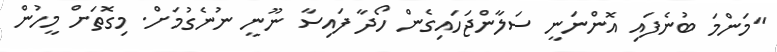
"މަންމަ ބުނެފައި އޮންނަނީ ސަލާންޖަހައިގެން ހޯދާ ފައިސާ ނޫނީ ނުނެގުމަށް. މިގޮތަށް މީހުން